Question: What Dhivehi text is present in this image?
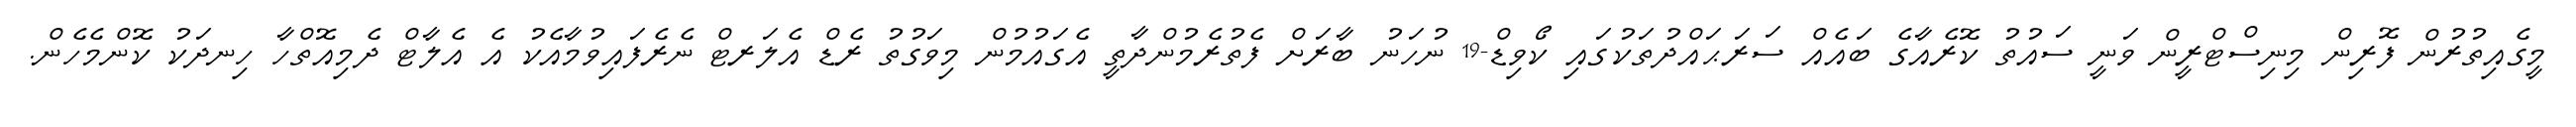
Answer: މީގެއިތުރުން ފޮރިން މިނިސްޓްރީން ވަނީ ސައުތު ކޮރެއާގެ ބައެއް ސަރަޙައްދުތަކުގައި ކޯވިޑް-19 ނުހަނު ބާރަށް ފެތުރެމުންދާތީ އެގައުމުން މިވަގުތު ރެޑް އެލަރޓް ނެރެފައިވުމާއެކު އެ އެލާޓް ދެމިއޮތްހާ ހިނދަކު ކޮންމެހެން.